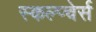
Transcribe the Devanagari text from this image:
स्कल्प्चेर्स